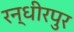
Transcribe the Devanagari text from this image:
रन्धीरपुर